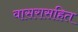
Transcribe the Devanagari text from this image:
वासरासहित